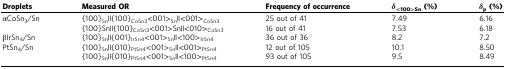
<table><thead><tr><td><b>Droplets</b></td><td><b>Measured OR</b></td><td><b>Frequency of occurrence</b></td><td><b><i>δ</i><sub>&lt;100&gt;Sn</sub> (%)</b></td><td><b><i>δ</i><sub>p</sub> (%)</b></td></tr></thead><tbody><tr><td>αCoSn<sub>3</sub>/Sn</td><td>{100}<sub>Sn</sub>||{100}<sub>CoSn3</sub>&lt;001&gt;<sub>Sn</sub>||&lt;001&gt;<sub>CoSn3</sub></td><td>25 out of 41</td><td>7.49</td><td>6.16</td></tr><tr><td></td><td>{100}Sn||{100}<sub>CoSn3</sub>&lt;001&gt;Sn||&lt;010&gt;<sub>CoSn3</sub></td><td>16 out of 41</td><td>7.53</td><td>6.18</td></tr><tr><td>βIrSn<sub>4</sub>/Sn</td><td>{100}<sub>Sn</sub>||{001}<sub>IrSn4</sub>&lt;001&gt;<sub>Sn</sub>||&lt;100&gt;<sub>IrSn4</sub></td><td>36 out of 36</td><td>8.2</td><td>7.2</td></tr><tr><td>PtSn<sub>4</sub>/Sn</td><td>{100}<sub>Sn</sub>||{010}<sub>PtSn4</sub>&lt;001&gt;<sub>Sn</sub>||&lt;001&gt;<sub>PtSn4</sub></td><td>12 out of 105</td><td>10.1</td><td>8.50</td></tr><tr><td></td><td>{100}<sub>Sn</sub>||{010}<sub>PtSn4</sub>&lt;001&gt;<sub>Sn</sub>||&lt;100&gt;<sub>PtSn4</sub></td><td>93 out of 105</td><td>9.5</td><td>8.49</td></tr></tbody></table>